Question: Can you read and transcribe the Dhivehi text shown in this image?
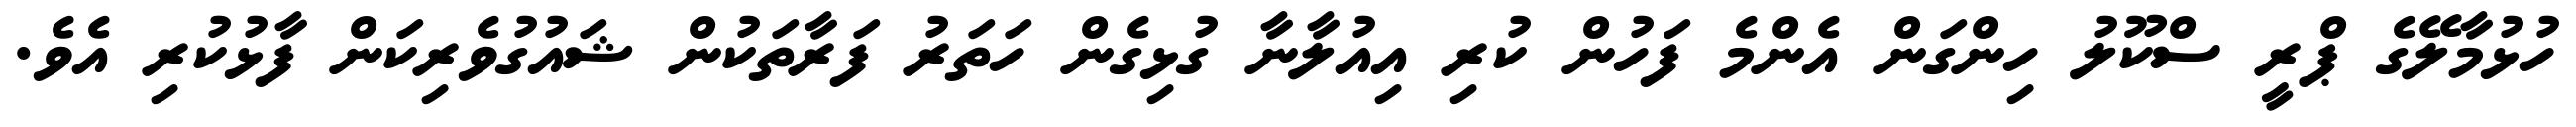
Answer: ހުޅުމާލޭގެ ޕްރީ ސްކޫލު ހިންގަން އެންމެ ފަހުން ކުރި އިއުލާނާ ގުޅިގެން ހަތަރު ފަރާތަކުން ޝައުގުވެރިކަން ފާޅުކުރި އެވެ.